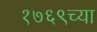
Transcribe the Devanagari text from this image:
१७६९च्या